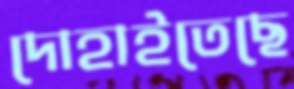
দোহাইতেছে